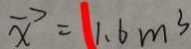
\overrightarrow { x } = 1 . 6 m ^ { 3 }